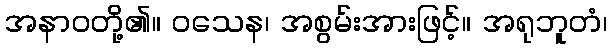
အနာဝတို့၏။ ဝသေန၊ အစွမ်းအားဖြင့်။ အရုဘူတံ၊